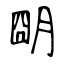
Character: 朙